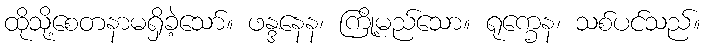
ထိုသို့စေတနာမရှိခဲ့သော်။ ဖန္ဒနေန၊ ကြို့မည်သော။ ရုက္ခေန၊ သစ်ပင်သည်။